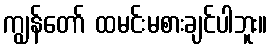
ကျွန်တော် ထမင်းမစားချင်ပါဘူး။